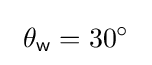
\ \theta _{\mathsf {w}}=30^{\circ }\